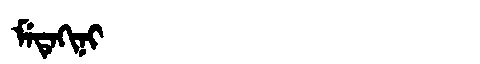
Manchu: ᠮᡝᡨᡝᡴᡳᠨᡳ
Romanization: METEKINI